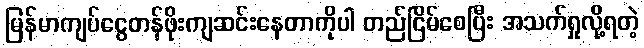
မြန်မာကျပ်ငွေတန်ဖိုးကျဆင်းနေတာကိုပါ တည်ငြိမ်စေပြီး အသက်ရှုလို့ရတဲ့